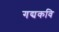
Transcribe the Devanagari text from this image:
गद्यकवि